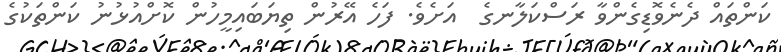
ކަންތައް ދެނެވޮޑިގެންވާ ރަސްކަލާނގެ  އަށެވެ. ފަހެ އޭރުން ތިޔަބައިމީހުން ކޮށްއުޅުނު ކަންތަކުގެ